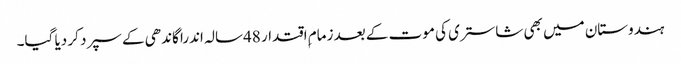
ہندوستان میں بھی شاستری کی موت کے بعد زمام ِاقتدار 48سالہ اندرا گاندھی کے سپرد کر دیا گیا۔